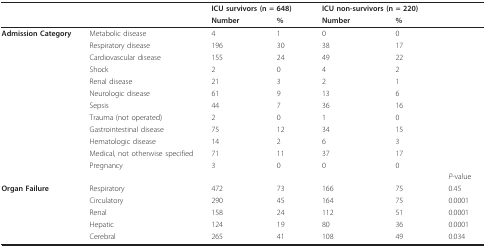
<table><thead><tr><td></td><td></td><td colspan="2"><b>ICU survivors (n = 648)</b></td><td colspan="2"><b>ICU non-survivors (n = 220)</b></td><td></td></tr><tr><td></td><td></td><td><b>Number</b></td><td><b>%</b></td><td><b>Number</b></td><td><b>%</b></td><td></td></tr></thead><tbody><tr><td><b>Admission Category</b></td><td>Metabolic disease</td><td>4</td><td>1</td><td>0</td><td>0</td><td></td></tr><tr><td></td><td>Respiratory disease</td><td>196</td><td>30</td><td>38</td><td>17</td><td></td></tr><tr><td></td><td>Cardiovascular disease</td><td>155</td><td>24</td><td>49</td><td>22</td><td></td></tr><tr><td></td><td>Shock</td><td>2</td><td>0</td><td>4</td><td>2</td><td></td></tr><tr><td></td><td>Renal disease</td><td>21</td><td>3</td><td>2</td><td>1</td><td></td></tr><tr><td></td><td>Neurologic disease</td><td>61</td><td>9</td><td>13</td><td>6</td><td></td></tr><tr><td></td><td>Sepsis</td><td>44</td><td>7</td><td>36</td><td>16</td><td></td></tr><tr><td></td><td>Trauma (not operated)</td><td>2</td><td>0</td><td>1</td><td>0</td><td></td></tr><tr><td></td><td>Gastrointestinal disease</td><td>75</td><td>12</td><td>34</td><td>15</td><td></td></tr><tr><td></td><td>Hematologic disease</td><td>14</td><td>2</td><td>6</td><td>3</td><td></td></tr><tr><td></td><td>Medical, not otherwise specified</td><td>71</td><td>11</td><td>37</td><td>17</td><td></td></tr><tr><td></td><td>Pregnancy</td><td>3</td><td>0</td><td>0</td><td>0</td><td></td></tr><tr><td></td><td></td><td></td><td></td><td></td><td></td><td><i>P</i>-value</td></tr><tr><td><b>Organ Failure</b></td><td>Respiratory</td><td>472</td><td>73</td><td>166</td><td>75</td><td>0.45</td></tr><tr><td></td><td>Circulatory</td><td>290</td><td>45</td><td>164</td><td>75</td><td>0.0001</td></tr><tr><td></td><td>Renal</td><td>158</td><td>24</td><td>112</td><td>51</td><td>0.0001</td></tr><tr><td></td><td>Hepatic</td><td>124</td><td>19</td><td>80</td><td>36</td><td>0.0001</td></tr><tr><td></td><td>Cerebral</td><td>265</td><td>41</td><td>108</td><td>49</td><td>0.034</td></tr></tbody></table>